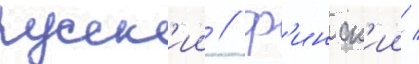
русск'ии / ф'инск'ии /